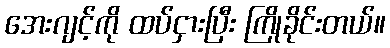
အေးဂျင့်ကို ထပ်ငှားပြီး ကြိုခိုင်းတယ်။